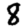
Digit: 8